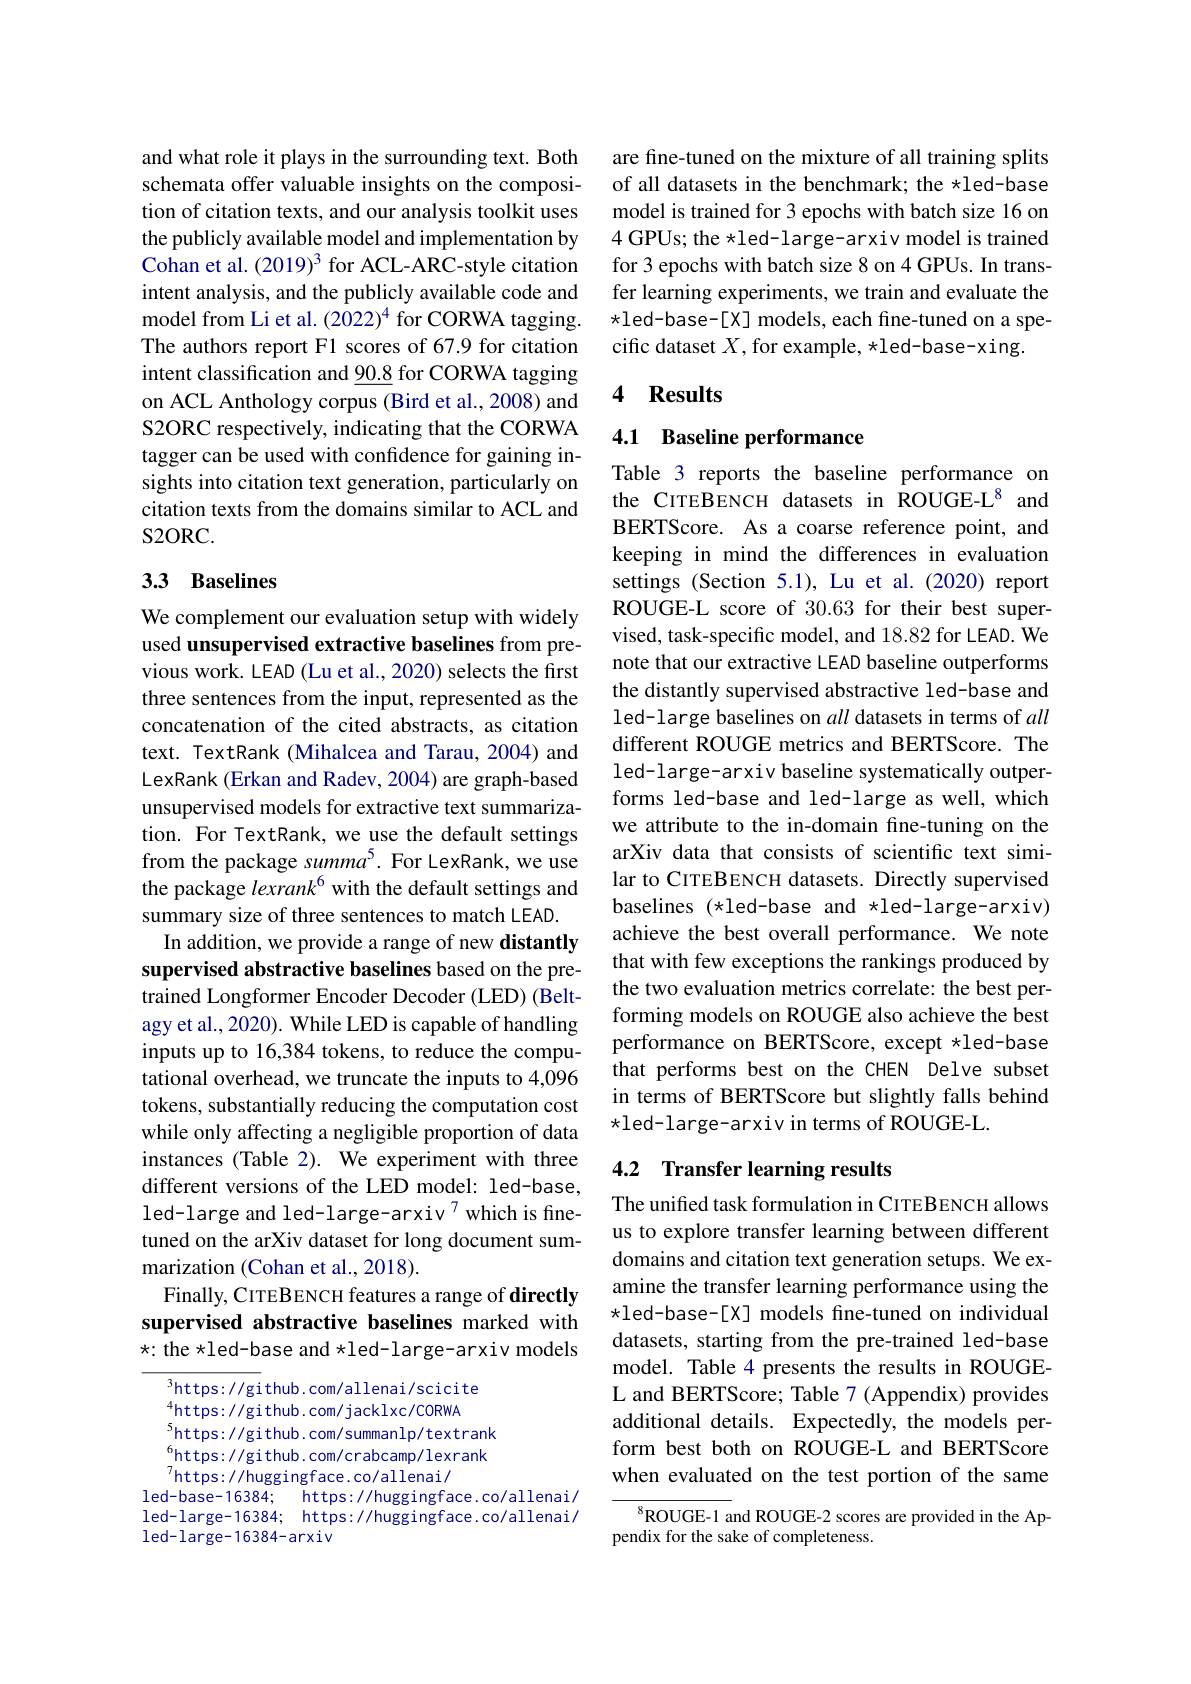
and what role it plays in the surrounding text. Both schemata offer valuable insights on the composition of citation texts, and our analysis toolkit uses the publicly available model and implementation by Cohan et al. (2019)$^3$ for ACL-ARC-style citation intent analysis, and the publicly available code and model from Li et al. (2022)$^{4}$ for CORWA tagging. The authors report F1 scores of 67.9 for citation intent classification and $\underline{90.8}$ for CORWA tagging on ACL Anthology corpus (Bird et al., 2008) and S2ORC respectively, indicating that the CORWA tagger can be used with confidence for gaining insights into citation text generation, particularly on citation texts from the domains similar to ACL and S2ORC.

# 33 Baselines

We complement our evaluation setup with widely used unsupervised extractive baselines from previous work. LEAD (Lu et al., 2020) selects the first three sentences from the input, represented as the concatenation of the cited abstracts, as citation text. TextRank (Mihalcea and Tarau, 2004) and LexRank (Erkan and Radev, 2004) are graph-based unsupervised models for extractive text summarization. For TextRank, we use the default settings from the package summa$^5.$ For LexRank, we use the package lexrank$^{6}$ with the default settings and summary size of three sentences to match LEAD.
In addition, we provide a range of new distantly supervised abstractive baselines based on the pretrained Longformer Encoder Decoder (LED) (Beltagy et al., 2020). While LED is capable of handling inputs up to 16,384 tokens, to reduce the computational overhead, we truncate the inputs to 4,096 tokens, substantially reducing the computation cost while only affecting a negligible proportion of data instances (Table 2). We experiment with three different versions of the LED model: led-base, led-large and led-large-arxiv 7which is finetuned on the arXiv dataset for long document summarization (Cohan et al., 2018).
Finally, CITEBENCH features a range of directly supervised abstractive baselines marked with

$\star:$ the $\star$led-base and$\star$led-large-arxiv models

$^{3}$https: //github. com/allenai/scicite

$^{4}$https: //gi thub. com/ jackl xc/ CORWA

$^{5}$https: //github. com/ summanlp/ textrank

${}_{7}^{6}$https: //github. com/crabcamp/ lexrank

$^{7}$https: / / huggingface. co/ allenai/

led-base-16384; https://huggingface.co/allenai/

led-large-16384; https://huggingface.co/allenai/

led-large-16384-arxiv

are fine-tuned on the mixture of all training splits of all datasets in the benchmark; the $\star$led-base model is trained for 3 epochs with batch size 16 on 4 GPUs; the $\star$led-large-arxiv model is trained for 3 epochs with batch size 8 on 4 GPUs. In transfer learning experiments, we train and evaluate the $\star$led-base-[X] models, each fine-tuned on a specific dataset $X$,for example, *led-base-xing.

## 4 Results

# 4.1 Baseline performance

Table 3 reports the baseline performance on the CITEBENCH datasets in ROUGE-L$^{8}$ and BERTScore. As a coarse reference point, and keeping in mind the differences in evaluation settings (Section 5.1), Lu et al. (2020) report ROUGE-L score of 30.63 for their best supervised, task-specific model, and 18.82 for LEAD. We note that our extractive LEAD baseline outperforms the distantly supervised abstractive led-base and led-large baselines on all datasets in terms of all different ROUGE metrics and BERTScore. The led-large-arxiv baseline systematically outperforms led-base and led-large as well, which we attribute to the in-domain fine-tuning on the arXiv data that consists of scientific text similar to CITEBENCH datasets. Directly supervised baselines (*1ed-base and *led-large-arxiv) achieve the best overall performance. We note that with few exceptions the rankings produced by the two evaluation metrics correlate: the best performing models on ROUGE also achieve the best performance on BERTScore, except $\star$led-base that performs best on the CHEN Delve subset in terms of BERTScore but slightly falls behind $\star$led-large-arxiv in terms of ROUGE-L.

## 4.2 Transfer learning results

The unified task formulation in CITEBENCH allows us to explore transfer learning between different domains and citation text generation setups. We examine the transfer learning performance using the $\star$led-base-[X] models fine-tuned on individual datasets, starting from the pre-trained led-base model. Table 4 presents the results in ROUGEL and BERTScore; Table 7 (Appendix) provides additional details. Expectedly, the models perform best both on ROUGE-L and BERTScore when evaluated on the test portion of the same

$^{8}$ROUGE-1 and ROUGE-2 scores are provided in the Ap-
pendix for the sake of completeness.